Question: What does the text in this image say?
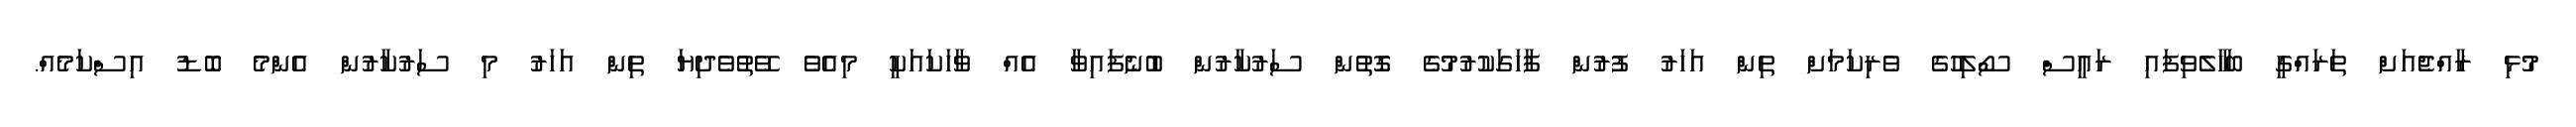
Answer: މުޅި ރާއްޖެއަށް ތަރައްގީ ބަހާލެވިފައި ރައީސް ސޯލިހުގެ ވެރިކަމަށް ތިން އަހަރު ފުރުން ފާހަގަކުރުމުގެ ގޮތުން ސަރުކާރުން ބުނެފައިވާ އެއް ވާހަކައަކީ މިއެވެ ވޭތުވެދިޔަ ތިން އަހަރު މި ސަރުކާރުން އެންމެ ބޮޑު އިސްކަމެއް.